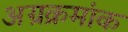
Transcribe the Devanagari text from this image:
अग्रक्रमांक